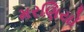
મરણિયો